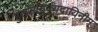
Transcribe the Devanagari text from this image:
गुरूसायुज्यदायिनीम्